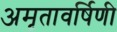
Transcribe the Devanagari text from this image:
अमृतावर्षिणी